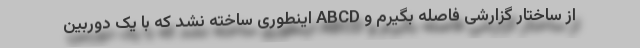
از ساختار گزارشی فاصله بگیرم و ABCD اینطوری ساخته نشد که با یک دوربین